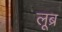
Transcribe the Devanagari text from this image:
लूब्र